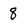
Character: 8